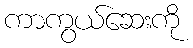
ကာကွယ်ဆေးကို